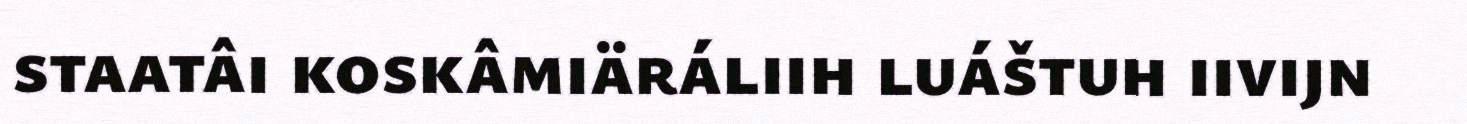
staatâi koskâmiäráliih luáštuh iivijn